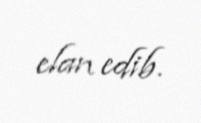
elan edib.